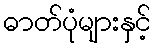
ဓာတ်ပုံများနှင့်